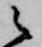
之